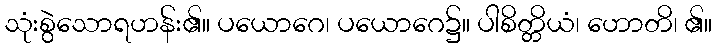
သုံးစွဲသောရဟန်း၏။ ပယောဂေ၊ ပယောဂေ၌။ ပါစိတ္တိယံ၊ ဟောတိ၊ ၏။